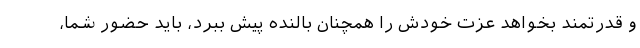
و قدرتمند بخواهد عزت خودش را همچنان بالنده پیش ببرد، باید حضور شما،